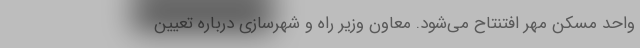
واحد مسکن مهر افتنتاح می‌شود. معاون وزیر راه و شهرسازی درباره تعیین